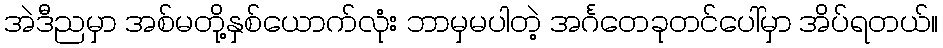
အဲဒီညမှာ အစ်မတို့နှစ်ယောက်လုံး ဘာမှမပါတဲ့ အင်္ဂတေခုတင်ပေါ်မှာ အိပ်ရတယ်။